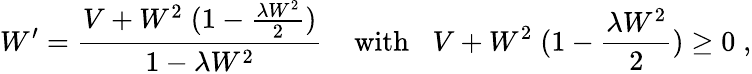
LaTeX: W^{\prime}=\frac{V+W^{2}\; (1-\frac{\lambda W^{2}}{2})}{1-\lambda W^{2}}\; \; \; \; \mathrm{with}\; \; \; V+W^{2}\; (1-\frac{\lambda W^{2}}{2})\ge 0\; ,